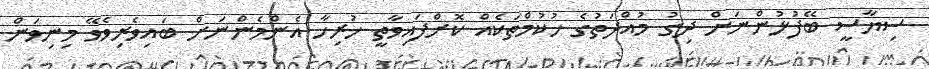
ސިޔާސީ ބޭފުޅުންނަށް ދިގު މުއްދަތުގެ ހުކުމްތަކެއް ކޮށްފައިވާތީ ހުރިހާ އެންމެންނަށް ބައިވެރިވެވޭ މިނިވަން